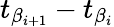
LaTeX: t_{\beta_{i+1}}-t_{\beta_{i}}